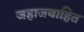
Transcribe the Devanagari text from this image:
जहाजवाहित